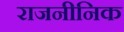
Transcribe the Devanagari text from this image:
राजनीनिक